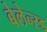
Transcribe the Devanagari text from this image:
बेलेन्स्ड